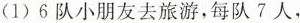
（1）6队小朋友去l旅游，每队7人，